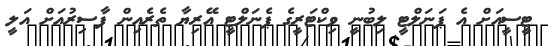
ޓީސީއަށް އެ ޕަނަލްޓީ ލިބުނީ ވިކްޓަރީގެ ޕެނަލްޓީ އޭރިޔާ ތެރެއިން ފާސިރުއަށް އަލީ